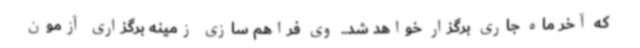
که آخر ماه جاری برگزار خواهد شد.. وی فراهم سازی زمینه برگزاری آزمون